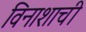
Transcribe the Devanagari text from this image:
विनाशाची